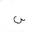
Letter: _sin